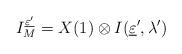
LaTeX: \begin{align*}I_M^{\underline{\varepsilon'}}=X(1)\otimes I(\underline \varepsilon' ,\lambda')\end{align*}